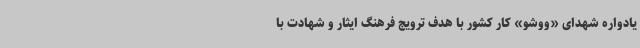
یادواره شهدای «ووشو» کار کشور با هدف ترویج فرهنگ ایثار و شهادت با